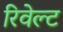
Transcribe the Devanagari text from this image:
रिवेल्ट